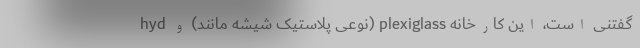
گفتنی است، این کارخانه plexiglass (نوعی پلاستیک شیشه مانند) و hyd